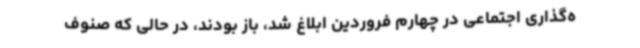
ه‌گذاری اجتماعی در چهارم فروردین ابلاغ شد، باز بودند، در حالی که صنوف